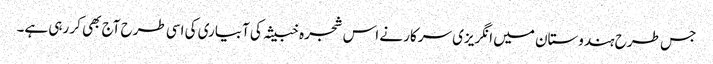
جس طرح ہندوستان میں انگریزی سرکار نے اس شجرہ خبیثہ کی آبیاری کی اسی طرح آج بھی کر رہی ہے۔